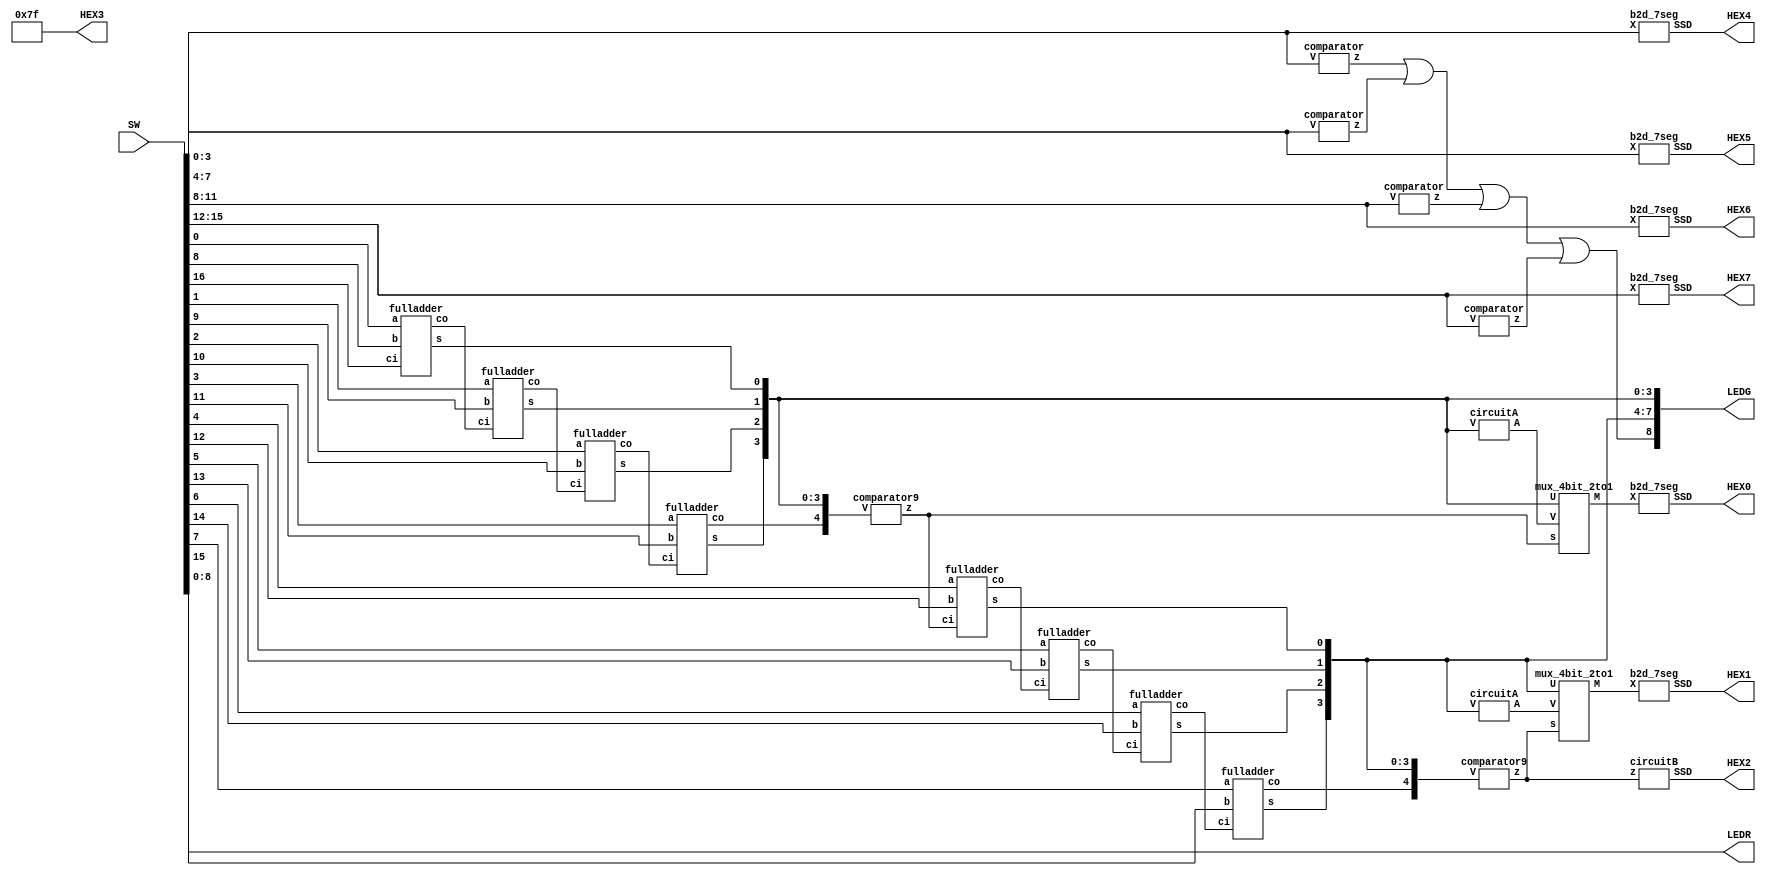
/* lab2_part5.v
 *
 * Copyright (c) 2014, Artem Tovbin <arty99 at gmail dot com>
 *
 * This program is free software; you can redistribute it and/or modify
 * it under the terms of the GNU General Public License version 2 as
 * published by the Free Software Foundation.
 *
 * This program is distributed in the hope that it will be useful,
 * but WITHOUT ANY WARRANTY; without even the implied warranty of
 * MERCHANTABILITY or FITNESS FOR A PARTICULAR PURPOSE.  See the
 * GNU General Public License for more details.
 *
 * You should have received a copy of the GNU General Public License
 * along with this program.  If not, see <http://www.gnu.org/licenses/>.
 */

module lab2_part5 (SW, LEDG, LEDR, HEX7, HEX6, HEX5, HEX4, HEX3, HEX2, HEX1, HEX0);
  input [17:0] SW;
  output [8:0] LEDR, LEDG;
  output [0:6] HEX7, HEX6, HEX5, HEX4, HEX3, HEX2, HEX1, HEX0;

  assign LEDR[8:0] = SW[8:0];
  assign HEX3 = 7'b1111111;
  
  // show inputs A and B
  b2d_7seg H7 (SW[15:12], HEX7);
  b2d_7seg H6 (SW[11:8], HEX6);
  b2d_7seg H5 (SW[7:4], HEX5);
  b2d_7seg H4 (SW[3:0], HEX4);

  // check for input errors
  wire e1, e2, e3, e4;

  comparator C0 (SW[3:0], e1);
  comparator C1 (SW[7:4], e2);
  comparator C2 (SW[11:8], e3);
  comparator C3 (SW[15:12], e4);

  assign LEDG[8] = e1 | e2 | e3 | e4;


  // sum decimal "ones"
  wire c1, c2, c3;
  wire [4:0] S0;

  fulladder FA0 (SW[0], SW[8], SW[16], S0[0], c1);
  fulladder FA1 (SW[1], SW[9], c1, S0[1], c2);
  fulladder FA2 (SW[2], SW[10], c2, S0[2], c3);
  fulladder FA3 (SW[3], SW[11], c3, S0[3], S0[4]);

  assign LEDG[3:0] = S0[3:0];
  
  wire z0;
  wire [3:0] A0, M0;

  comparator9 C4 (S0[4:0], z0);
  circuitA AA (S0[3:0], A0);
  mux_4bit_2to1 MUX0 (z0, S0[3:0], A0, M0);
  //circuitB BB (z, HEX1);
  b2d_7seg H0 (M0, HEX0);



  wire c4, c5, c6;
  wire [4:0] S1;

  fulladder FA4 (SW[4], SW[12], z0, S1[0], c4);
  fulladder FA5 (SW[5], SW[13], c4, S1[1], c5);
  fulladder FA6 (SW[6], SW[14], c5, S1[2], c6);
  fulladder FA7 (SW[7], SW[15], c6, S1[3], S1[4]);

  assign LEDG[7:4] = S1[3:0];

  wire z1;
  wire [3:0] A1, M1;

  comparator9 C5 (S1[4:0], z1);
  circuitA AB (S1[3:0], A1);
  mux_4bit_2to1 MUX1 (z1, S1[3:0], A1, M1);
  circuitB H2 (z1, HEX2);
  b2d_7seg H1 (M1, HEX1);


endmodule

module fulladder (a, b, ci, s, co);
  input a, b, ci;
  output co, s;

  wire d;

  assign d = a ^ b;
  assign s = d ^ ci;
  assign co = (b & ~d) | (d & ci);
endmodule


module b2d_7seg (X, SSD);
  input [3:0] X;
  output [0:6] SSD;

  assign SSD[0] = ((~X[3] & ~X[2] & ~X[1] &  X[0]) | (~X[3] &  X[2] & ~X[1] & ~X[0]));
  assign SSD[1] = ((~X[3] &  X[2] & ~X[1] &  X[0]) | (~X[3] &  X[2] &  X[1] & ~X[0]));
  assign SSD[2] =  (~X[3] & ~X[2] &  X[1] & ~X[0]);
  assign SSD[3] = ((~X[3] & ~X[2] & ~X[1] &  X[0]) | (~X[3] &  X[2] & ~X[1] & ~X[0]) | (~X[3] &  X[2] & X[1] & X[0]) | (X[3] & ~X[2] & ~X[1] & X[0]));
  assign SSD[4] = ~((~X[2] & ~X[0]) | (X[1] & ~X[0]));
  assign SSD[5] = ((~X[3] & ~X[2] & ~X[1] &  X[0]) | (~X[3] & ~X[2] &  X[1] & ~X[0]) | (~X[3] & ~X[2] & X[1] & X[0]) | (~X[3] & X[2] & X[1] & X[0]));
  assign SSD[6] = ((~X[3] & ~X[2] & ~X[1] &  X[0]) | (~X[3] & ~X[2] & ~X[1] & ~X[0]) | (~X[3] &  X[2] & X[1] & X[0]));
endmodule

// 4 bit >9 comparator
module comparator (V, z);
  input [3:0] V;
  output z;

  assign z = (V[3] & (V[2] | V[1]));
endmodule

// 5 bit >9 comparator
module comparator9 (V, z);
  input [4:0] V;
  output z;

  assign z = V[4] | ((V[3] & V[2]) | (V[3] & V[1]));
endmodule

module circuitA (V, A);
  input [3:0] V;
  output [3:0] A;

  assign A[0] = V[0];
  assign A[1] = ~V[1];
  assign A[2] = (~V[3] & ~V[1]) | (V[2] & V[1]);
  assign A[3] = (~V[3] & V[1]);
endmodule

module circuitB (z, SSD);
  input z;
  output [0:6] SSD;

  assign SSD[0] = z;
  assign SSD[1:2] = 2'b00;
  assign SSD[3:5] = {3{z}};
  assign SSD[6] = 1;
endmodule

module mux_4bit_2to1 (s, U, V, M);
  // if ~s, send U
  input s;
  input [3:0] U, V;
  output [3:0] M;

  assign M = ({4{~s}} & U) | ({4{s}} & V);
endmodule